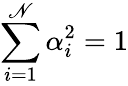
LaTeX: \sum\limits_{i=1}^{\mathscr{N}}\alpha_{i}^{2}=1